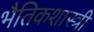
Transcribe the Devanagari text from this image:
भैतिकशास्त्री